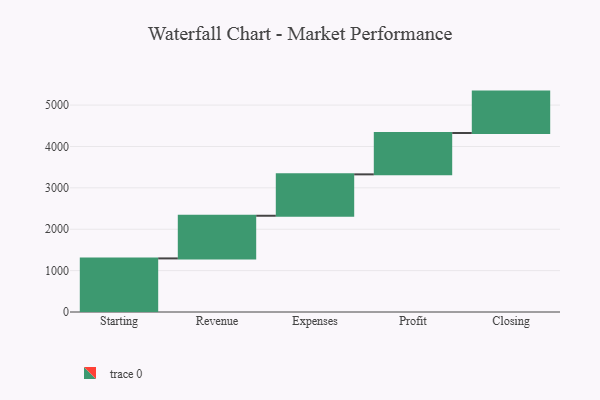
{"axis": {"x": "Step", "y": "Value"}, "legend": [""], "data": [{"x": "Starting", "y": 1295.0, "type": ""}, {"x": "Revenue", "y": 1031.0, "type": ""}, {"x": "Expenses", "y": 1000, "type": ""}, {"x": "Profit", "y": 1000, "type": ""}, {"x": "Closing", "y": 1000, "type": ""}]}